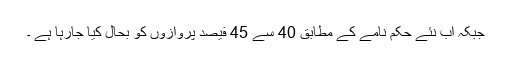
جبکہ اب نئے حکم نامے کے مطابق 40 سے 45 فیصد پروازوں کو بحال کیا جارہا ہے ۔